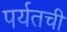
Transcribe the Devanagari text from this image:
पर्यतची